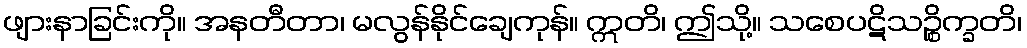
ဖျားနာခြင်းကို။ အနတီတာ၊ မလွန်နိုင်ချေကုန်။ ဣတိ၊ ဤသို့။ သစေပဋိသဉ္စိက္ခတိ၊